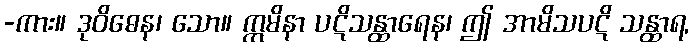
-ကား။ ဒုဝိဓေန၊ သော။ ဣမိနာ ပဋိသန္ထာရေန၊ ဤ အာမိသပဋိ သန္ထာရ,